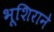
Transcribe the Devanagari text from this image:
भूशिराने